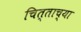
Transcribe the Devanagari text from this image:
चित्ताच्या